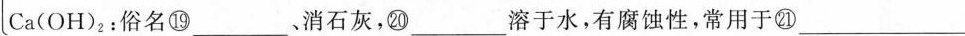
Ca(OH)_{2}:俗名⑲___、消石灰⑳____溶于水，有腐蚀性，常用于㉑___